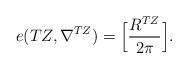
LaTeX: \begin{align*}\begin{aligned}e(TZ, \nabla^{TZ})=\Big[\frac{R^{TZ}}{2\pi}\Big].\end{aligned}\end{align*}